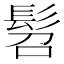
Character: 髫